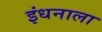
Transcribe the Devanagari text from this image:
इंधनाला